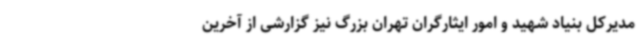
مدیرکل بنیاد شهید و امور ایثارگران تهران بزرگ نیز گزارشی از آخرین